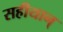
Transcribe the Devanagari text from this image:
सहीयान्